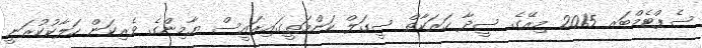
ސެޕްޓެމްބަރ 2015 މިރޭގެ ސީދާ ހަރަކާތް ސީގަލް ކަންމަތީގައިރައީސް ޔާމިންގެ ވެރިކަން ހަލާކުކުރަނީ